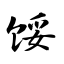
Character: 馁